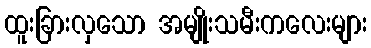
ထူးခြားလှသော အမျိုးသမီးကလေးများ